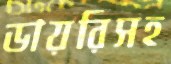
ডায়রিসহ